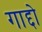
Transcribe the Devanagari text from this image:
गाद्दो